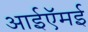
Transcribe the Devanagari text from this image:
आईऍमई